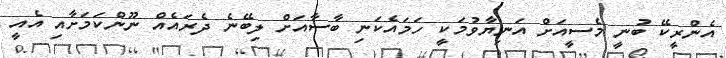
އެންރީކޭ ބުނީ މެސީއަށް އަނިޔާވުމަކީ ހަމައެކަނި ބާސާއަށް ލިބޭނެ ދެރައެއް ނޫންކަމަށާއި އެއީ